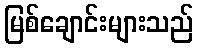
မြစ်ချောင်းများသည်